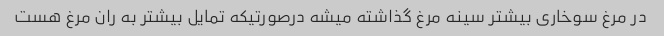
در مرغ سوخاری بیشتر سینه مرغ گذاشته میشه درصورتیکه تمایل بیشتر به ران مرغ هست